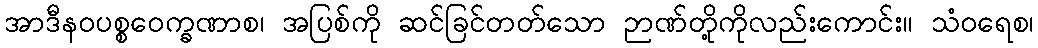
အာဒီနဝပစ္စဝေက္ခဏာစ၊ အပြစ်ကို ဆင်ခြင်တတ်သော ဉာဏ်တို့ကိုလည်းကောင်း။ သံဝရေစ၊